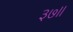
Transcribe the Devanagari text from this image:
३७॥